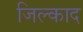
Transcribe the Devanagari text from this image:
जिल्काद